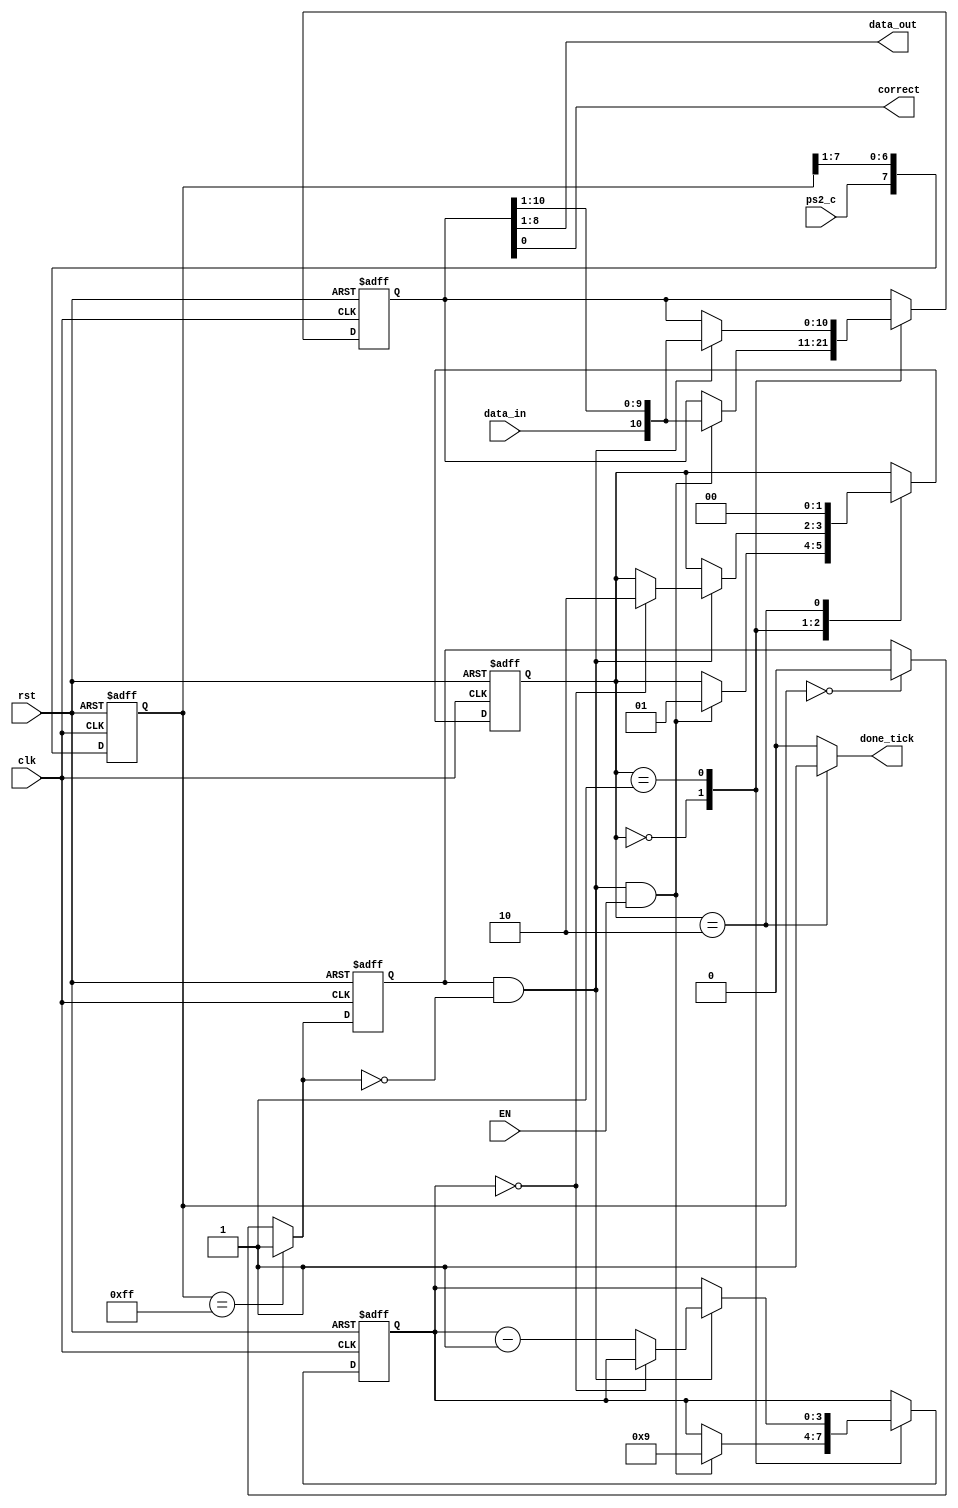
`timescale 1ns / 1ps
//////////////////////////////////////////////////////////////////////////////////
// Company: 
// 
// Design Name: 
// Module Name:    Protocolo_PS2 
// Project Name: 
// Target Devices: 
// Tool versions: 
// Description: 
//
// Dependencies: 
//
// Revision: 
// Revision 0.01 - File Created
// Additional Comments: 
//
//////////////////////////////////////////////////////////////////////////////////
module Protocolo_PS2(
		input wire clk, rst,
		input wire data_in, ps2_c, EN,
		output reg done_tick,
		output wire [7:0] data_out,
		output wire correct
    );
//Dlaracin de estados para tomar los datos
localparam [1:0]
	idle = 2'b00,
	cuenta = 2'b01,
	load = 2'b10;

//Declaracin de seales
reg [1:0] act_state, next_state; //Variables de estados del controlador
reg [7:0] filtro_act; //Regitro que analiza la variacin del clock del teclado para detectar los flancos negativos
wire [7:0] filtro_next; //Variable que actualiza el estado del filtro actual analizando el valor del clock del teclado en un instante
reg ps2_act; //Registro que analiza y compara el filtro para detectar la variacin entre valores altos y bajos del clock
wire ps2_next; //Variable que actualiza el registro de comparacin ps2_act 
reg [3:0] cont_act, cont_next; //Registra la cantidad de datos que envia el teclado e india cuantos faltan por tomar
reg [10:0] bus_act, bus_next; //Registra los datos que que envia de faorma serial el teclado para almacenarlos y posteriormente enviarlos en paralelo, desempaqueta los datos
wire fall_edge; //Bandera que indica que hubo un cambio de flanco negativo del clock del teclado

//Cuerpo del modulo
//Fitro de deteccin de flancos negativos del clock del teclado 
always @ (posedge clk, posedge rst)
	if (rst) //Permite reiniciar el filtro poniendo los valores en 0
		begin
			filtro_act <= 8'b0;
			ps2_act <= 1'b0;
		end
	else //Actualiza los valores del filtro con los valores obtenido en el ciclo anterior
		begin
			filtro_act <= filtro_next;
			ps2_act <= ps2_next;
		end
		
assign filtro_next = {ps2_c, filtro_act[7:1]}; //Declara o actualiza el valor del filtro concatenando como bit mas significativo el valor leido atualmente en el clock teclado con los valores anteriormente leidos (los mas significativos)
//Acualiza la variable de bandera que permite detectar cambios de flanco negativo
assign ps2_next = (filtro_act == 8'hff) ? 1'b1 : //Si el clock se mantiene en alto la bandera me indica que esta en valores altos
						(filtro_act==8'h00) ? 1'b0 : //Si el clock se mantiene en bajo la bandera me indica que el clock esta en bajo con un 0
						ps2_act; //Si hay una transicin se acualiza con el valor anterior de la bandera
assign fall_edge = ps2_act & ~(ps2_next); //Solo cuando el valor anterior del clock (indicado por la bandera ps2_act) y el valor actual sean 1 y 0 me indica que hubo un cambio de flanco negativo y me manda una bandera de que se detecto un cambio de flanco

//FMS
//Logica de estados y registro de datos 
always @ (posedge clk, posedge rst) 
	if(rst) //Reinicia los valores del sistema de la mquina de estados
		begin
			act_state <= idle;
			cont_act <= 4'b0;
			bus_act <= 11'b0;
		end
	else //Actualiza los valores de la maquina de estados con los actuales declarados en el ciclo anterior
		begin
			act_state <= next_state;
			cont_act <= cont_next;
			bus_act <= bus_next;
		end

//Logica de estado siguiente 
always @ * 
begin
	//Asigna los valores por defecto para las variables de estado del sistema
	next_state = act_state; 
	done_tick = 1'b0;
	cont_next = cont_act;
	bus_next = bus_act;
	case (act_state) //Analiza el estado actual
		idle: //Estado cero
			if (fall_edge && EN) //Si detect un flanco negativo y el sistema esta actico (EN) procede de la siguiente manera
				begin
					bus_next = {data_in, bus_act[10:1]}; //Comienza a captar el primer dato del paquete del teclado (bit de inicio) y lo guarda en el bus de datos de registro desplazandolo a la derecha
					cont_next = 4'b1001; //Indica que la cantidad de valores que quedan por captar es de 10 (de 9 a 0), se le asigna 9
					next_state = cuenta; //Indica que el siguiente estado para esta condicin sera el estado 01 (cuenta)
				end
		cuenta: //Estado de captacin de los de mas datos (dato de la tecla, 8 bist, bit de paridad y bit de parada)
			if (fall_edge) //Si detecta un flaco negativo entonces
				begin
					bus_next = {data_in, bus_act[10:1]}; //Capta un nuevo dato despazando a la derecha los datos captados anteriormente
					if (cont_act==0) //Si la cantidad de datos a tomar es cero cambia de estado
						next_state = load;
					else //Si quedan datos por captar se mantiene en el estado de cuenta y reduce la cantidad de datos por captar en uno
						cont_next = cont_act - 1'b1; 
				end
		load: //Estado que indica que el dato esta listo
			begin
				next_state = idle; //Pasa al estado cero
				done_tick = 1'b1; //Se activa la bandera de que el dato esta listo
			end
		endcase
end

//Salida
assign data_out = bus_act [8:1]; //Asigna a la salida solo los datos que corresponden a el codigo de la tecla, suprime los bits de inicio, paridad y parada
assign correct = bus_act [0];

endmodule